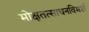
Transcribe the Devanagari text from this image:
मोक्षतत्साधनविमर्श